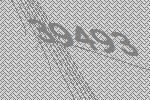
39493